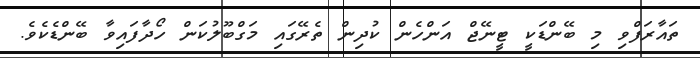
ތައާރަފްވި މި ބޭންޑަކީ ޓީނޭޖް އަންހެން ކުދިން ތެރޭގައި މަގްބޫލުކަން ހޯދާފައިވާ ބޭންޑެކެވެ.